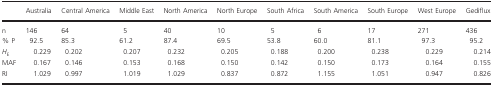
<table><thead><tr><td></td><td><b>Australia</b></td><td><b>Central America</b></td><td><b>Middle East</b></td><td><b>North America</b></td><td><b>North Europe</b></td><td><b>South Africa</b></td><td><b>South America</b></td><td><b>South Europe</b></td><td><b>West Europe</b></td><td><b>Gediflux</b></td></tr></thead><tbody><tr><td>n</td><td>146</td><td>64</td><td>5</td><td>40</td><td>10</td><td>5</td><td>6</td><td>17</td><td>271</td><td>436</td></tr><tr><td>% P</td><td>92.5</td><td>85.3</td><td>61.2</td><td>87.4</td><td>69.5</td><td>53.8</td><td>60.0</td><td>81.1</td><td>97.3</td><td>95.2</td></tr><tr><td><i>H</i><sub>E</sub></td><td>0.229</td><td>0.202</td><td>0.207</td><td>0.232</td><td>0.205</td><td>0.188</td><td>0.200</td><td>0.238</td><td>0.229</td><td>0.214</td></tr><tr><td>MAF</td><td>0.167</td><td>0.146</td><td>0.153</td><td>0.168</td><td>0.150</td><td>0.142</td><td>0.150</td><td>0.173</td><td>0.164</td><td>0.155</td></tr><tr><td>RI</td><td>1.029</td><td>0.997</td><td>1.019</td><td>1.029</td><td>0.837</td><td>0.872</td><td>1.155</td><td>1.051</td><td>0.947</td><td>0.826</td></tr></tbody></table>